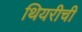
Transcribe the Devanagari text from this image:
थियरीची